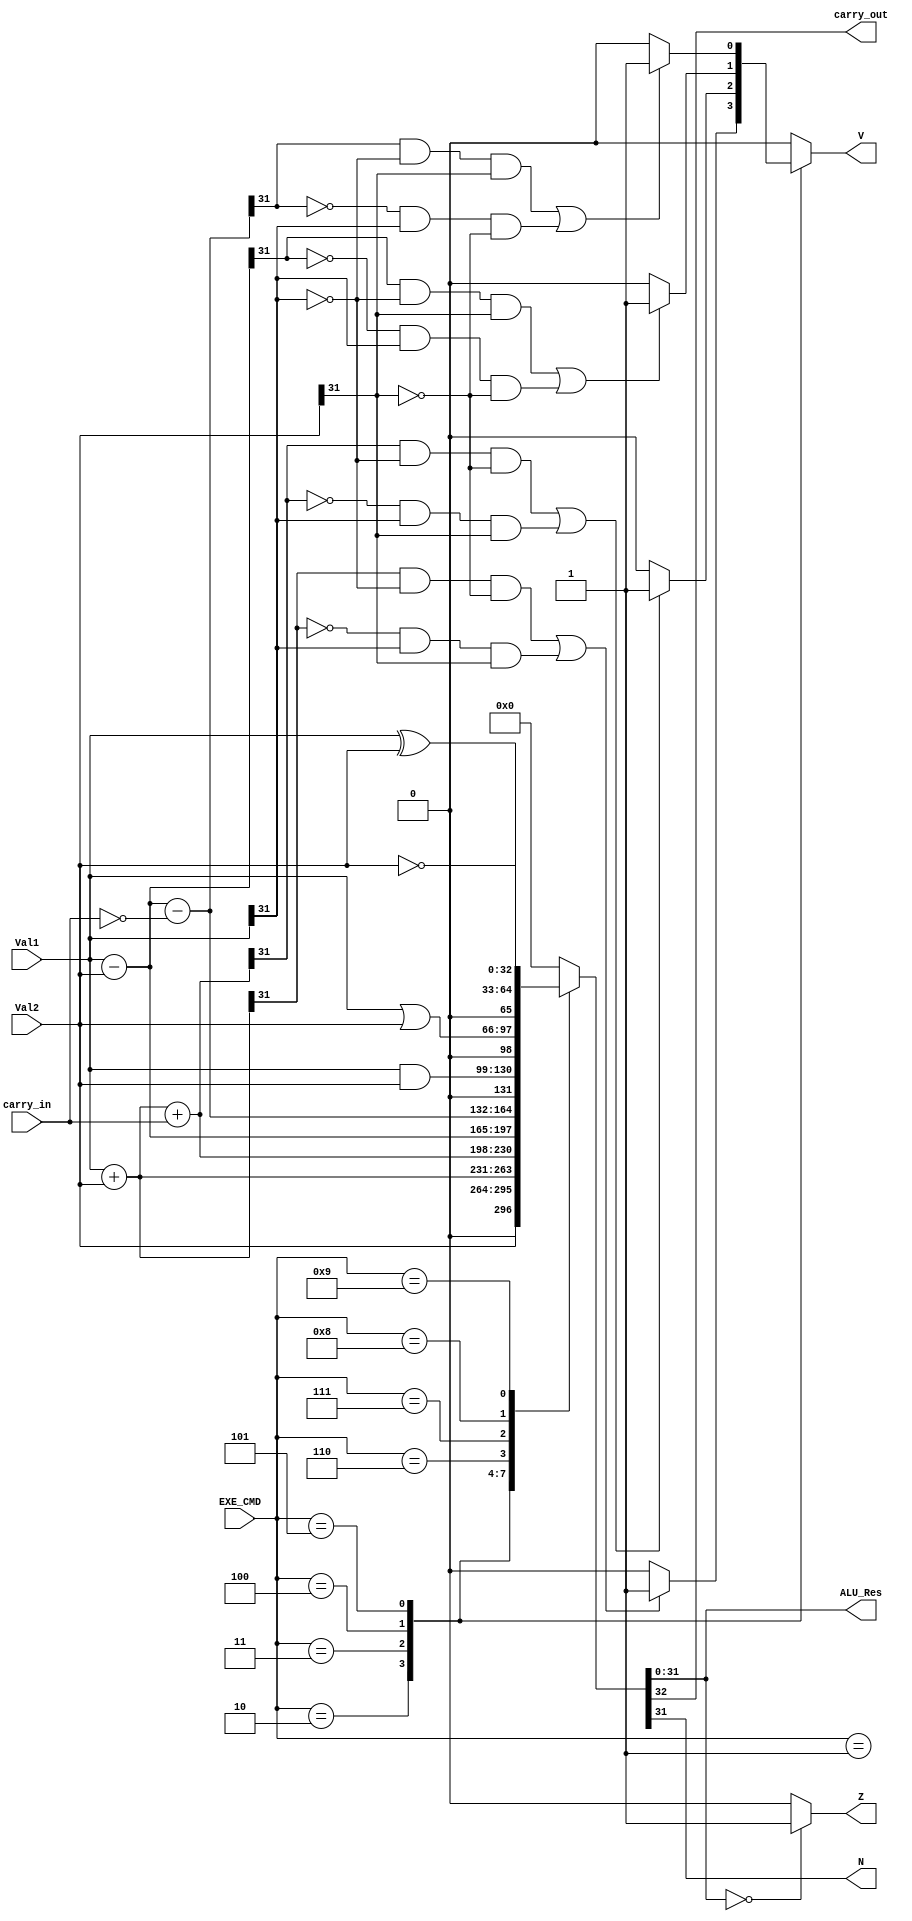
module ALU #(
    parameter DATA_LEN = 32
) (
    input  wire  [DATA_LEN - 1 : 0]  Val1,
    input  wire  [DATA_LEN - 1 : 0]  Val2,
    input  wire  [3 : 0]             EXE_CMD,
    input  wire                      carry_in,
    output reg   [DATA_LEN - 1 : 0]  ALU_Res,
    output reg                       carry_out,
    output wire                      Z, N,
    output reg                       V 
);

    always @(*) begin
        begin
            ALU_Res = 'b0;
            V = 0;
            carry_out = 0;
        end
        case (EXE_CMD)
            4'b0001: {carry_out, ALU_Res} = Val2;
            4'b0010: begin
                {carry_out, ALU_Res} = Val1 + Val2;
                V = ((ALU_Res[31] & ~Val1[31] & ~Val2[31]) | (~ALU_Res[31] & Val1[31] & Val2[31])) ? 1 : 0;
            end 
            4'b0011: begin
                {carry_out, ALU_Res} = Val1 + Val2 + carry_in;
                V = ((ALU_Res[31] & ~Val1[31] & ~Val2[31]) | (~ALU_Res[31] & Val1[31] & Val2[31])) ? 1 : 0;
            end  
            4'b0100: begin
                {carry_out, ALU_Res} = Val1 - Val2;
                V = ((ALU_Res[31] & ~Val1[31] & Val2[31]) | (~ALU_Res[31] & Val1[31] & ~Val2[31])) ? 1 : 0;
            end 
            4'b0101: begin
               {carry_out, ALU_Res} = Val1 - Val2 - {31'b0, (~carry_in)}; 
                V = ((ALU_Res[31] & ~Val1[31] & Val2[31]) | (~ALU_Res[31] & Val1[31] & ~Val2[31])) ? 1 : 0;
            end
            4'b0110: {carry_out, ALU_Res} = Val1 & Val2;
            4'b0111: {carry_out, ALU_Res} = Val1 | Val2;
            4'b1000: {carry_out, ALU_Res} = Val1 ^ Val2;
            4'b1001: {carry_out, ALU_Res} = ~{Val2};
            default: begin
                {carry_out, ALU_Res} = 'b0;
                V = 0;
            end
        endcase
    end

    assign Z = (ALU_Res == 'b0) ? 1 : 0;
    assign N = ALU_Res[DATA_LEN - 1];


    
endmodule